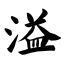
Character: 溢